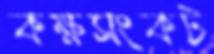
কক্ষসংকট